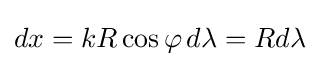
dx=kR\cos \varphi \,d\lambda =Rd\lambda